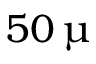
5 0 \, \upmu